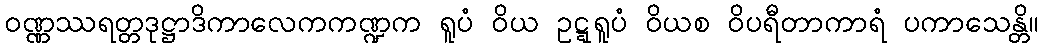
ဝဏ္ဏဿရတ္တဒုဋ္ဌာဒိကာလေကကဏ္ဍက ရူပံ ဝိယ ဥဋ္ဋရူပံ ဝိယစ ဝိပရီတာကာရံ ပကာသေန္တိ။